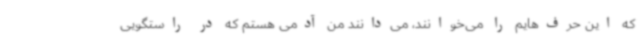
که این حرف‌هایم را می‌خوانند، می‌دانند من آدمی هستم که در راستگویی